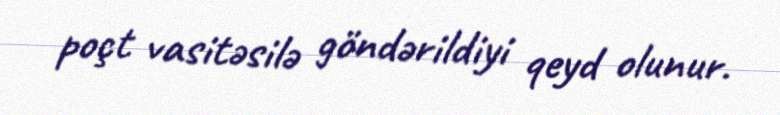
poçt vasitəsilə göndərildiyi qeyd olunur.